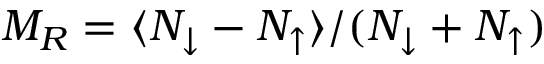
M _ { R } = \langle N _ { \downarrow } - N _ { \uparrow } \rangle / ( N _ { \downarrow } + N _ { \uparrow } )